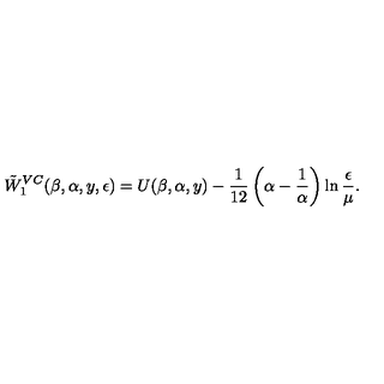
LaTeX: \tilde { W } _ { 1 } ^ { V C } ( \beta , \alpha , y , \epsilon ) = U ( \beta , \alpha , y ) - { \frac { 1 } { 1 2 } } \left( \alpha - { \frac { 1 } { \alpha } } \right) \ln { \frac { \epsilon } { \mu } } { } .